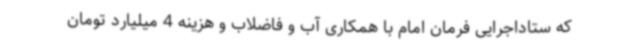
که ستاداجرایی فرمان امام با همکاری آب و فاضلاب و هزینه 4 میلیارد تومان